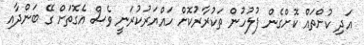
އަދި ކުށްތައް ކޮށްގެން ފުލުހުން ތަކުރާރުކޮށް ހައްޔަރުކުރަނީ ވެސް އެގޮތަށް ގޭ ބަންދާއި